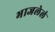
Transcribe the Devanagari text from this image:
भाजलेलं